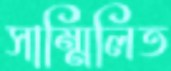
সাম্মিলিত